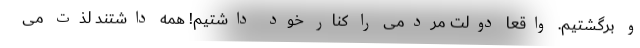
و برگشتیم. واقعا دولت مردمی را کنار خود داشتیم! همه داشتند لذت می